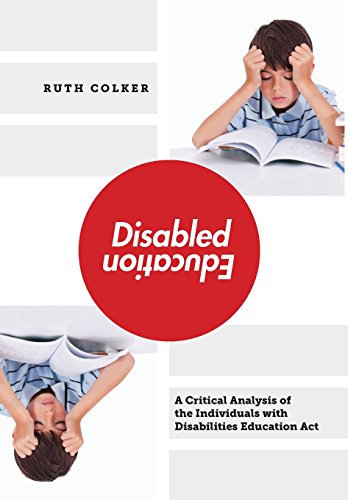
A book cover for Disabled Education: A Critical Analysis of the Individuals with Disabilities Education Act; Ruth Colker; Law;